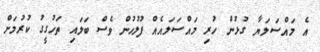
އެ މައްސަލަޔާ ގުޅުން ހުރި މައްސަލައެއް ފުލުހުން ވެސް ބަލައި ތަހުގީގު ކުރުމަށް